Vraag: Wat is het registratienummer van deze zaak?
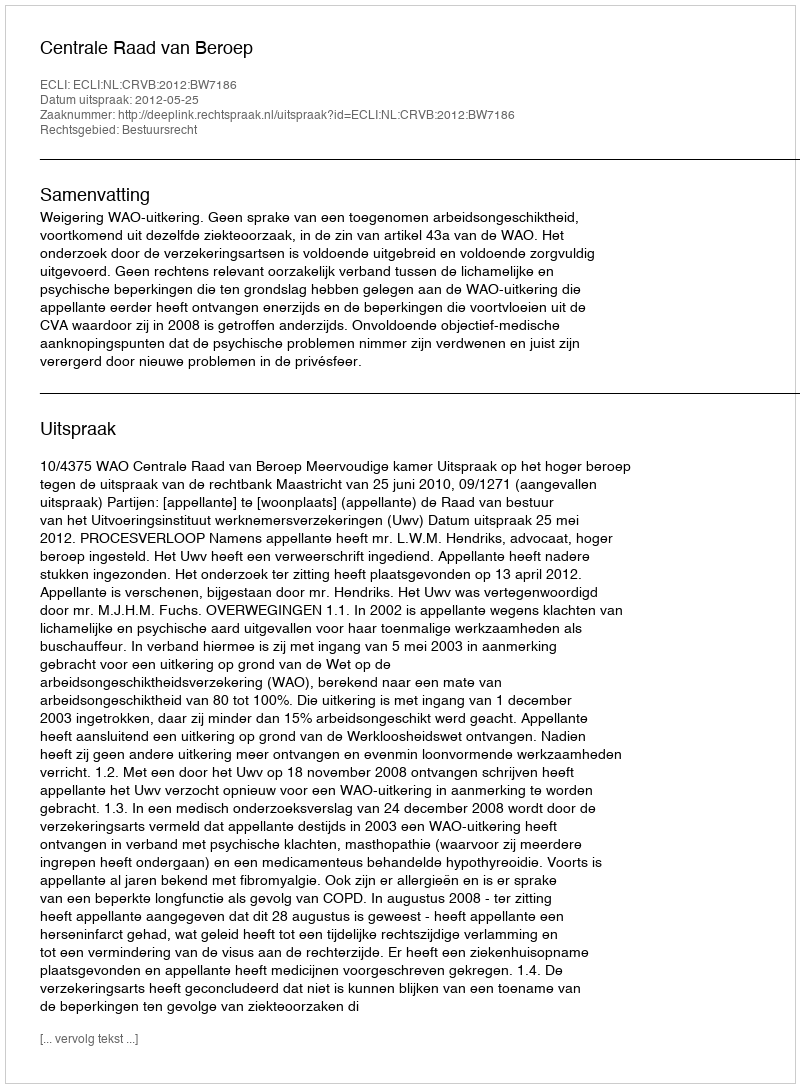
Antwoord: http://deeplink.rechtspraak.nl/uitspraak?id=ECLI:NL:CRVB:2012:BW7186